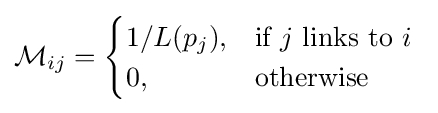
{\mathcal {M}}_{ij}={\begin{cases}1/L(p_{j}),&{\mbox{if }}j{\mbox{ links to }}i\ \\0,&{\mbox{otherwise}}\end{cases}}